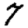
Digit: 7